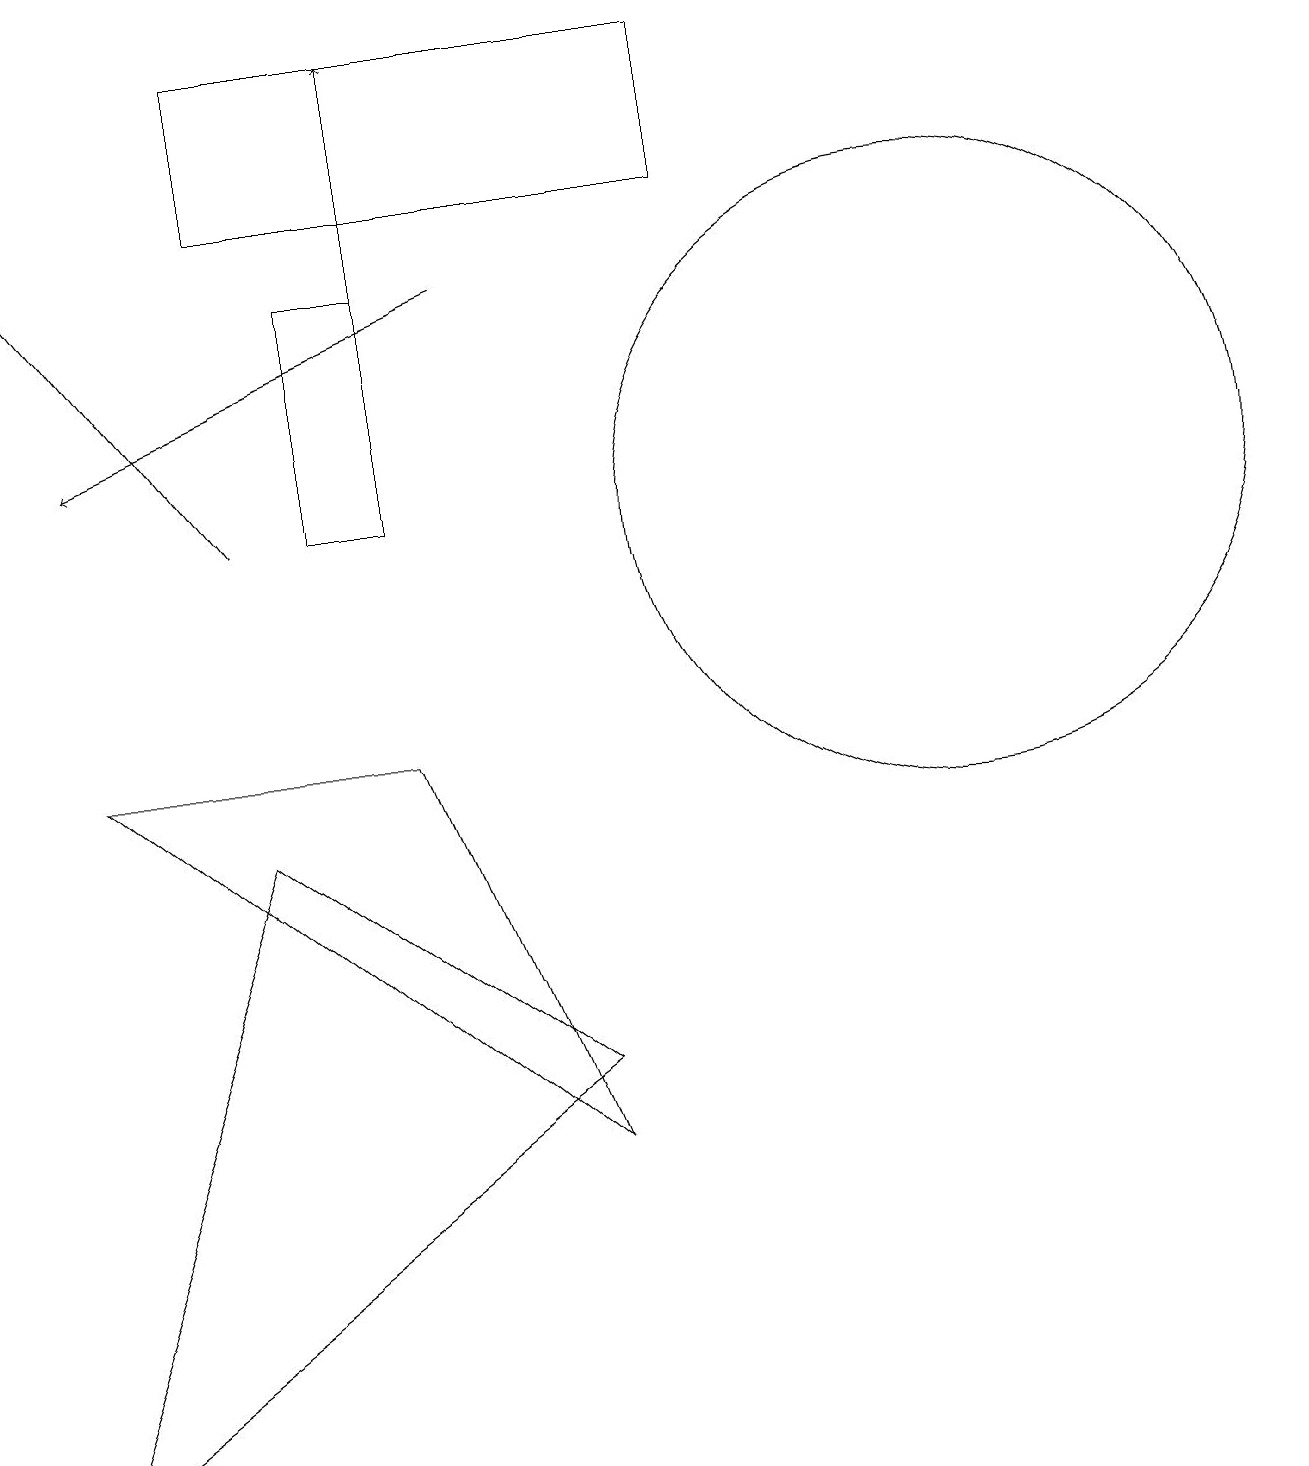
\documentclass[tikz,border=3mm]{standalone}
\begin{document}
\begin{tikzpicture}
\draw[->] (5,15) -- (5,18);
\draw (5,15) rectangle (4,12);
\draw[->] (3,12) -- (0,16);
\draw (9,18) rectangle (3,16);
\draw[->] (6,15) -- (1,13);
\draw (7,4) -- (5,9) -- (1,9) -- cycle;
\draw (12,12) circle (4);
\draw (0,0) -- (7,5) -- (3,8) -- cycle;
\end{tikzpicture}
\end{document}